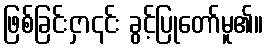
ဖြစ်ခြင်းငှာ၎င်း ခွင့်ပြုတော်မူ၏။